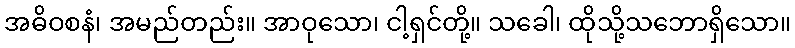
အဓိဝစနံ၊ အမည်တည်း။ အာဝုသော၊ ငါ့ရှင်တို့။ သခေါ၊ ထိုသို့သဘောရှိသော။